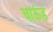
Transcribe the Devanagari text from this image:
चाऊंड